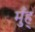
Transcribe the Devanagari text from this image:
मुँह्